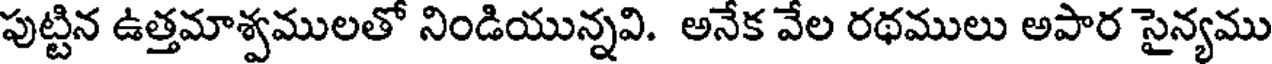
పుట్టిన ఉత్తమాశ్వములతో నిండియున్నవి. అనేక వేల రథములు అపార సైన్యము